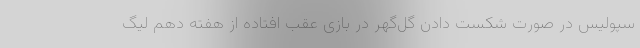
سپولیس در صورت شکست دادن گل‌گهر در بازی عقب افتاده از هفته دهم لیگ